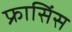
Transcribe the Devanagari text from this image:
फ्रासिंस